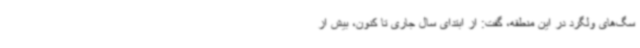
سگ‌های ولگرد در این منطقه، گفت: از ابتدای سال جاری تا کنون، بیش از